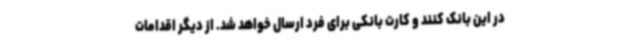
در این بانک کنند و کارت بانکی برای فرد ارسال خواهد شد. از دیگر اقدامات